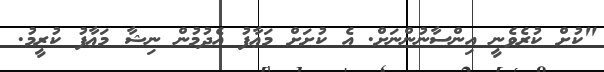
"ކުށް ކުރެވެނީ އިންސާނުންނަށް. އެ ކުށަށް މަޢާފު އެދުމުން ނިޝާ މަޢާފު ކުރީމު.